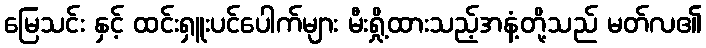
မြေသင်း နှင့် ထင်းရှူးပင်ပေါက်များ မီးရှို့ထားသည့်အနံ့တို့သည် မတ်လ၏